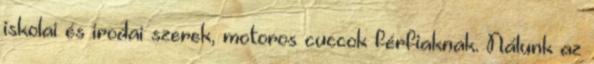
iskolai és irodai szerek, motoros cuccok férfiaknak. Nálunk az